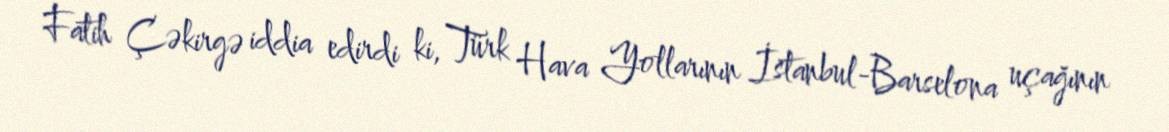
Fatih Çəkirgə iddia edirdi ki, Türk Hava Yollarının İstanbul-Barselona uçağının